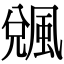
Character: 䬇